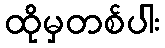
ထိုမှတစ်ပါး